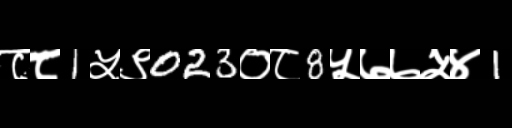
Text: ८८1५९023०८8५७७५४1